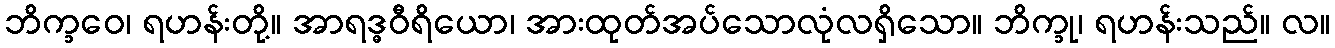
ဘိက္ခဝေ၊ ရဟန်းတို့။ အာရဒ္ဓဝီရိယော၊ အားထုတ်အပ်သောလုံလရှိသော။ ဘိက္ခု၊ ရဟန်းသည်။ လ။